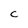
Character: C